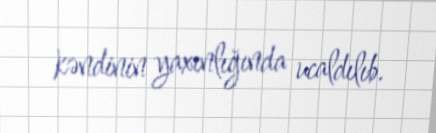
kəndinin yaxınlığında ucaldılıb.